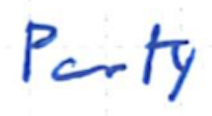
Text: Party
Cross-out: clean
Writing tool: ballpoint